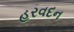
હરવદન